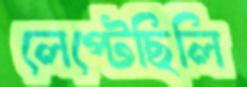
লেপ্‌টেছিলি